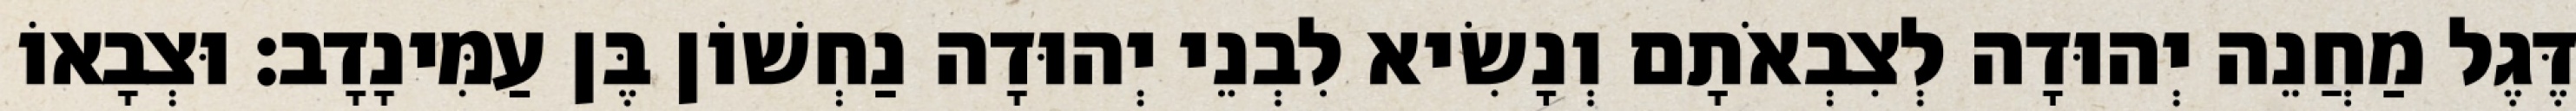
דֶּגֶל מַחֲנֵה יְהוּדָה לְצִבְאֹתָם וְנָשִׂיא לִבְנֵי יְהוּדָה נַחְשׁוֹן בֶּן עַמִּינָדָב׃ וּצְבָאוֹ